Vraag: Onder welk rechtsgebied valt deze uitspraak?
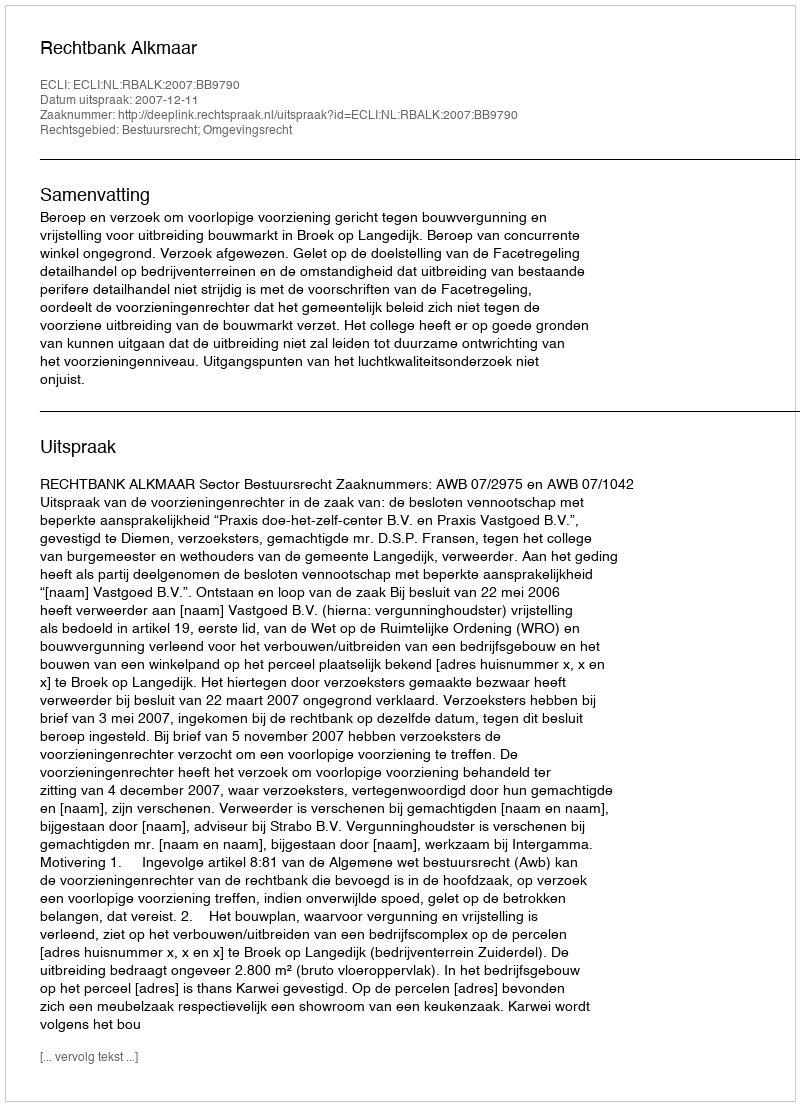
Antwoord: Bestuursrecht; Omgevingsrecht